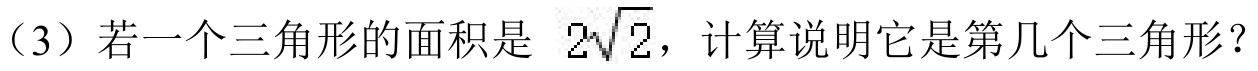
（3）若一个三角形的面积是 \(2\sqrt{2}\)，计算说明它是第几个三角形？